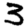
Digit: 3